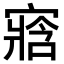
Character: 𡪁